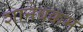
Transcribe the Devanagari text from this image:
शानेबक्कम